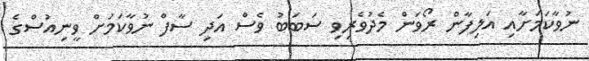
ނުވާކަމަށާއި އަލިފާން ރޯވަން މެދުވެރިވި ސަބަބު ވެސް އަދި ސާފް ނުވާކަމަށް ވީނިއުސްގެ